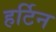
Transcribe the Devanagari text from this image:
हर्टिन